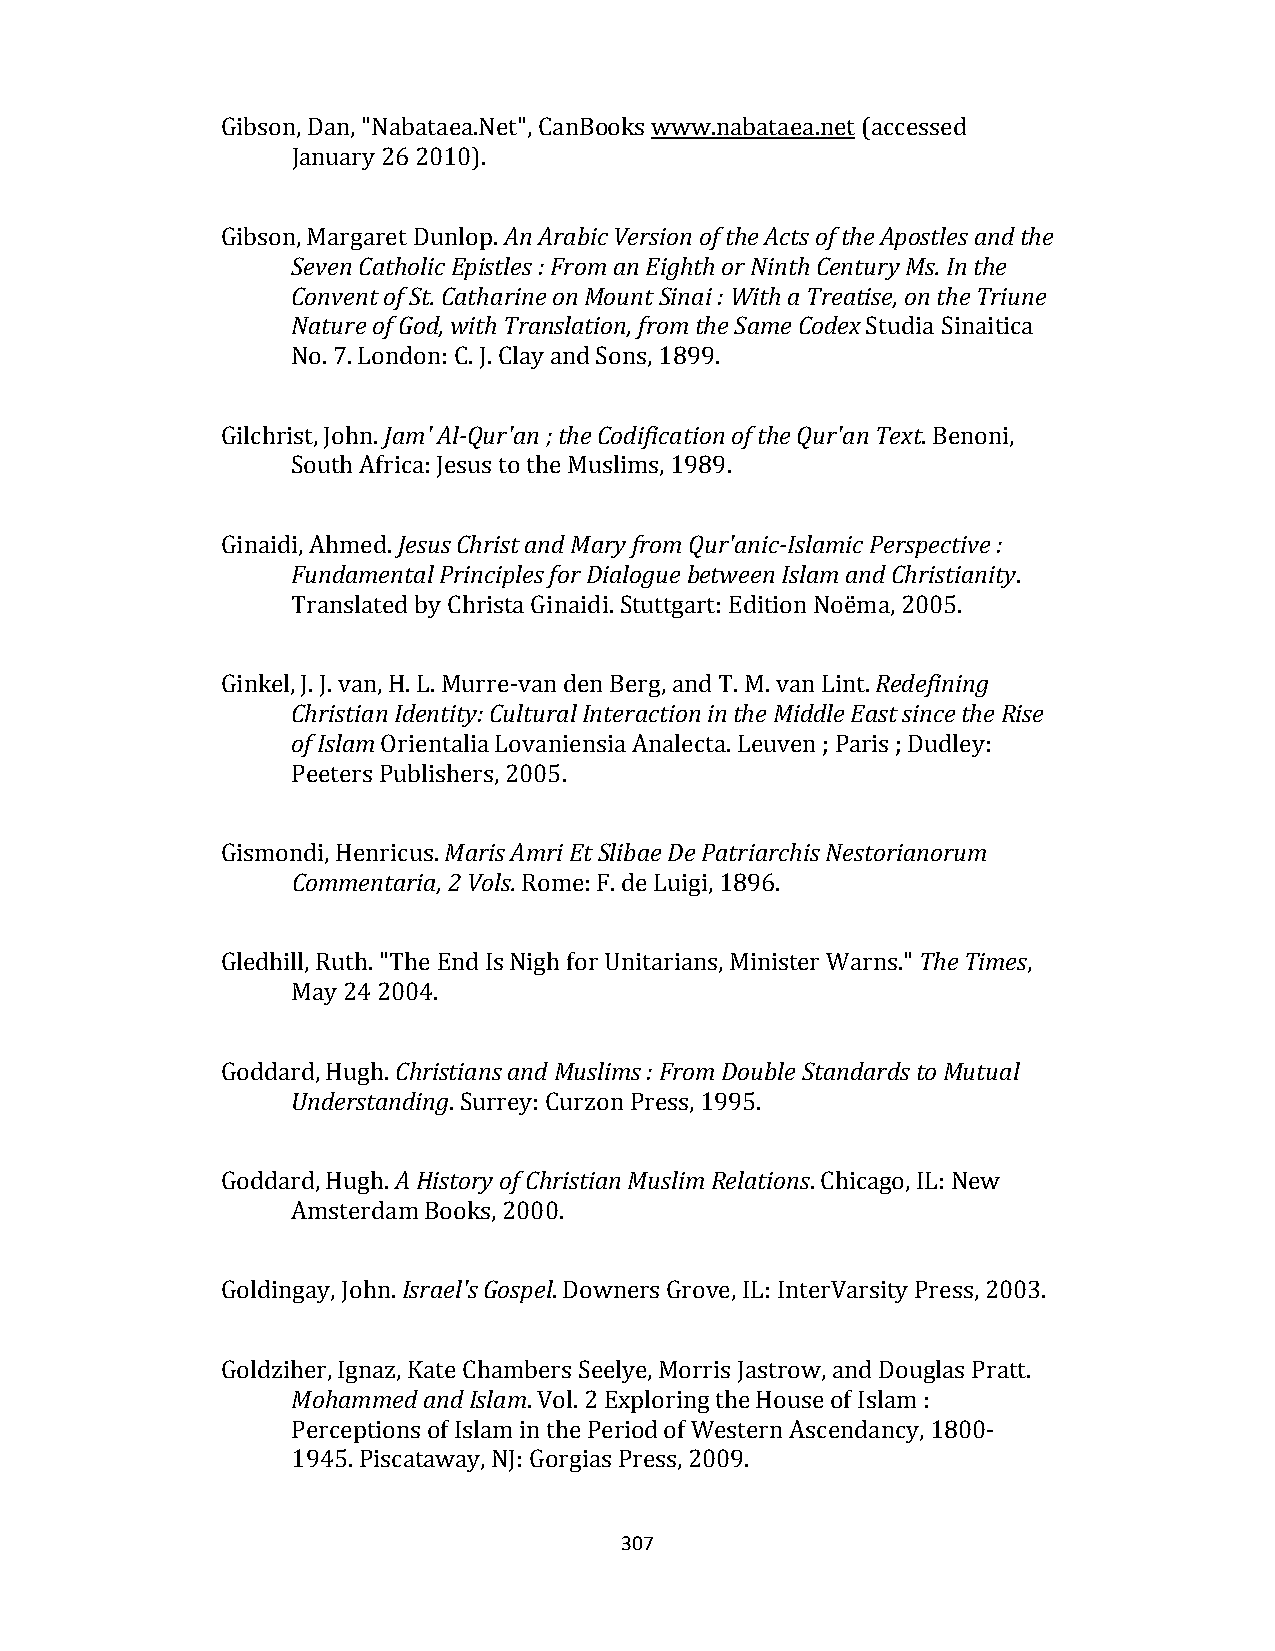
Gibson, Dan, "Nabataea.Net", CanBooks www.nabataea.net (accessed
 January 26 2010).
 Gibson, Margaret Dunlop. An Arabic Version of the Acts of the Apostles and the
 Seven Catholic Epistles : From an Eighth or Ninth Century Ms. In the
 Convent of St. Catharine on Mount Sinai : With a Treatise, on the Triune
 Nature of God, with Translation, from the Same Codex Studia Sinaitica
 No. 7. London: C. J. Clay and Sons, 1899.
 Gilchrist, John. Jam' Al‐Qur'an ; the Codification of the Qur'an Text. Benoni,
 South Africa: Jesus to the Muslims, 1989.
 Ginaidi, Ahmed. Jesus Christ and Mary from Qur'anic‐Islamic Perspective :
 Fundamental Principles for Dialogue between Islam and Christianity.
 Translated by Christa Ginaidi. Stuttgart: Edition Noëma, 2005.
 Ginkel, J. J. van, H. L. Murre‐van den Berg, and T. M. van Lint. Redefining
 Christian Identity: Cultural Interaction in the Middle East since the Rise
 of Islam Orientalia Lovaniensia Analecta. Leuven ; Paris ; Dudley:
 Peeters Publishers, 2005.
 Gismondi, Henricus. Maris Amri Et Slibae De Patriarchis Nestorianorum
 Commentaria, 2 Vols. Rome: F. de Luigi, 1896.
 Gledhill, Ruth. "The End Is Nigh for Unitarians, Minister Warns." The Times,
 May 24 2004.
 Goddard, Hugh. Christians and Muslims : From Double Standards to Mutual
 Understanding. Surrey: Curzon Press, 1995.
 Goddard, Hugh. A History of Christian Muslim Relations. Chicago, IL: New
 Amsterdam Books, 2000.
 Goldingay, John. Israel's Gospel. Downers Grove, IL: InterVarsity Press, 2003.
 Goldziher, Ignaz, Kate Chambers Seelye, Morris Jastrow, and Douglas Pratt.
 Mohammed and Islam. Vol. 2 Exploring the House of Islam :
 Perceptions of Islam in the Period of Western Ascendancy, 1800‐
 1945. Piscataway, NJ: Gorgias Press, 2009.
 307